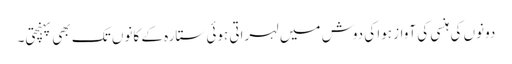
دونوں کی ہنسی کی آواز ہوا کی دوش میں لہراتی ہوئی ستارہ کے کانوں تک بھی پہنچتی۔